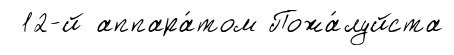
12-й аппара́том Пожа́луйста